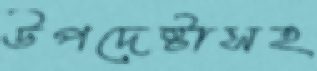
উপদেষ্টাসহ